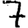
Digit: 7